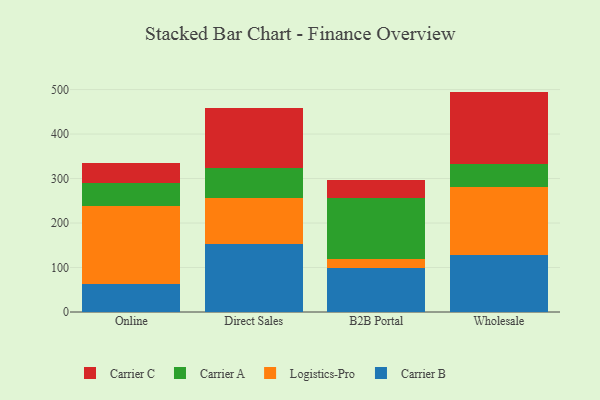
{"axis": {"x": "Channel", "y": "Customer Acquisition Cost (USD)"}, "legend": ["Carrier A", "Carrier B", "Carrier C", "Logistics-Pro"], "data": [{"x": "Online", "y": 61.9, "type": "Carrier B"}, {"x": "Online", "y": 175.5, "type": "Logistics-Pro"}, {"x": "Online", "y": 51.9, "type": "Carrier A"}, {"x": "Online", "y": 46.0, "type": "Carrier C"}, {"x": "Direct Sales", "y": 152.2, "type": "Carrier B"}, {"x": "Direct Sales", "y": 104.8, "type": "Logistics-Pro"}, {"x": "Direct Sales", "y": 65.7, "type": "Carrier A"}, {"x": "Direct Sales", "y": 135.4, "type": "Carrier C"}, {"x": "B2B Portal", "y": 98.9, "type": "Carrier B"}, {"x": "B2B Portal", "y": 21.1, "type": "Logistics-Pro"}, {"x": "B2B Portal", "y": 135.2, "type": "Carrier A"}, {"x": "B2B Portal", "y": 41.8, "type": "Carrier C"}, {"x": "Wholesale", "y": 128.9, "type": "Carrier B"}, {"x": "Wholesale", "y": 151.6, "type": "Logistics-Pro"}, {"x": "Wholesale", "y": 52.4, "type": "Carrier A"}, {"x": "Wholesale", "y": 162.5, "type": "Carrier C"}]}